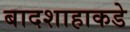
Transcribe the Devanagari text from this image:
बादशाहाकडे